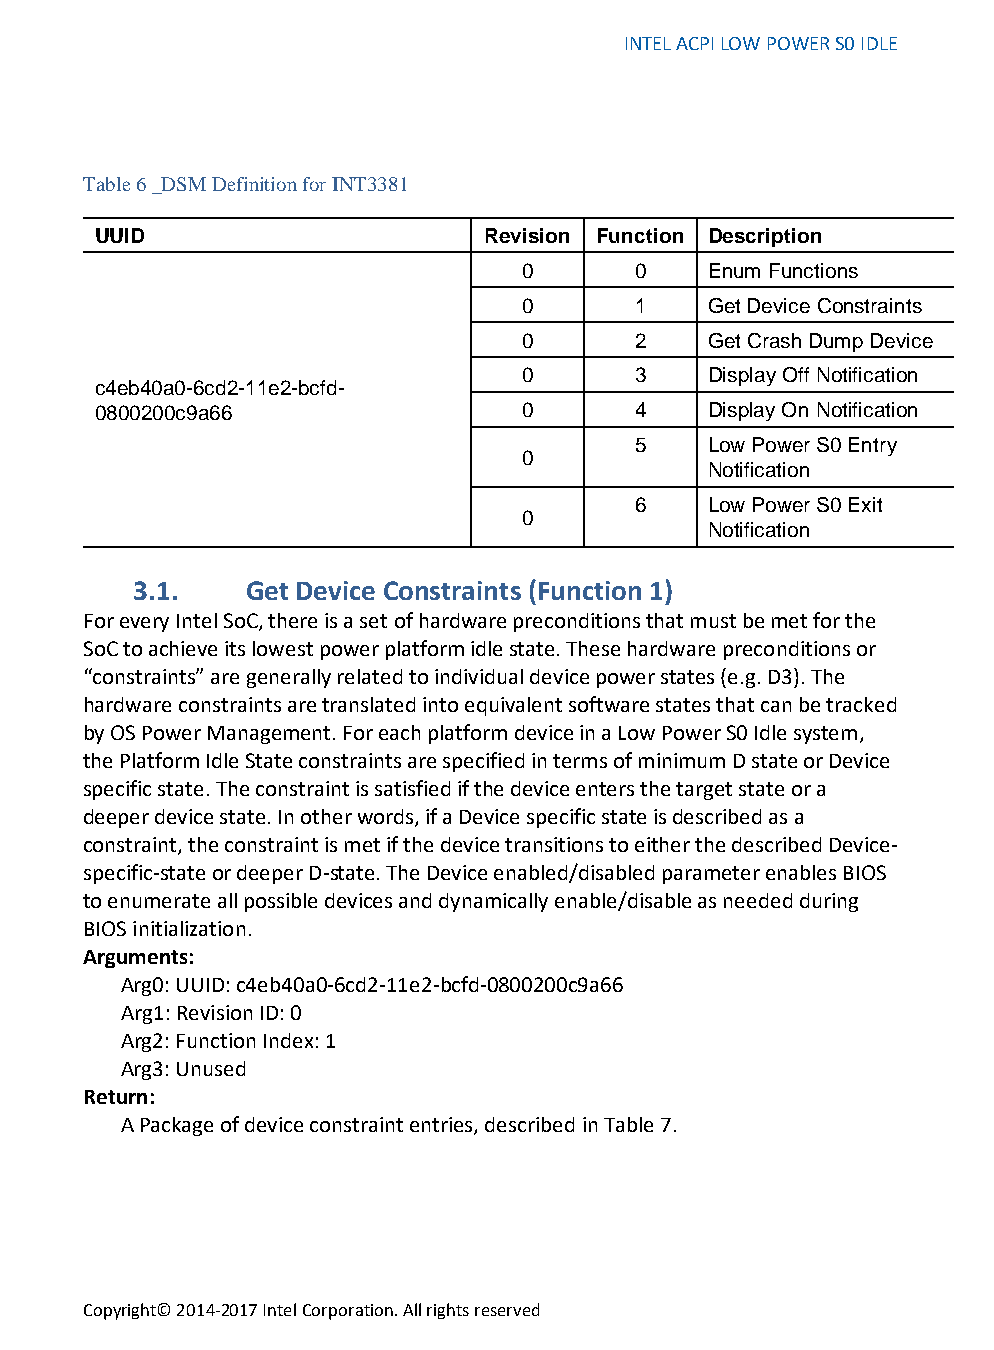
INTEL ACPI LOW POWER S0 IDLE
 Table 6 _DSM Definition for INT3381
 UUID                      Revision Function Description
 0      0    Enum Functions
 0      1    Get Device Constraints
 0      2    Get Crash Dump Device
 0      3    Display Off Notification
 c4eb40a0-6cd2-11e2-bcfd-
 0800200c9a66                 0      4    Display On Notification
 5    Low Power S0 Entry
 0
 Notification
 6    Low Power S0 Exit
 0
 Notification
 3.1.   Get Device Constraints (Function 1)
 For every Intel SoC, there is a set of hardware preconditions that must be met for the
 SoC to achieve its lowest power platform idle state. These hardware preconditions or
 “constraints” are generally related to individual device power states (e.g. D3). The
 hardware constraints are translated into equivalent software states that can be tracked
 by OS Power Management. For each platform device in a Low Power S0 Idle system,
 the Platform Idle State constraints are specified in terms of minimum D state or Device
 specific state. The constraint is satisfied if the device enters the target state or a
 deeper device state. In other words, if a Device specific state is described as a
 constraint, the constraint is met if the device transitions to either the described Device-
 specific-state or deeper D-state. The Device enabled/disabled parameter enables BIOS
 to enumerate all possible devices and dynamically enable/disable as needed during
 BIOS initialization.
 Arguments:
 Arg0: UUID: c4eb40a0-6cd2-11e2-bcfd-0800200c9a66
 Arg1: Revision ID: 0
 Arg2: Function Index: 1
 Arg3: Unused
 Return:
 A Package of device constraint entries, described in Table 7.
 Copyright© 2014-2017 Intel Corporation. All rights reserved